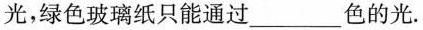
光，绿色玻璃纸只能通过___色的光。